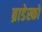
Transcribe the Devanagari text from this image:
ब्राडेस्को